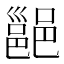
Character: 𮠅